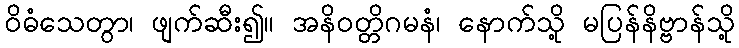
ဝိဓံသေတွာ၊ ဖျက်ဆီး၍။ အနိဝတ္တိဂမနံ၊ နောက်သို့ မပြန်နိဗ္ဗာန်သို့